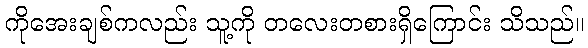
ကိုအေးချစ်ကလည်း သူ့ကို တလေးတစားရှိကြောင်း သိသည်။